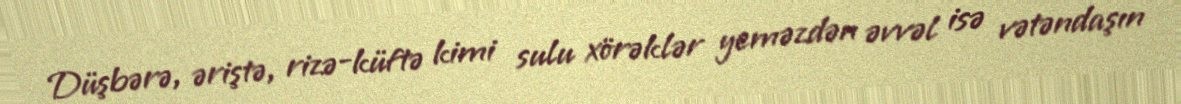
Düşbərə, əriştə, rizə-küftə kimi sulu xörəklər yeməzdən əvvəl isə vətəndaşın